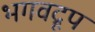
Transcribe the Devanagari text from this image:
भगवद्रूप